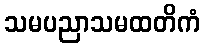
သမပညာသမထတိကံ